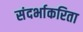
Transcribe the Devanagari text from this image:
संदर्भाकरिता